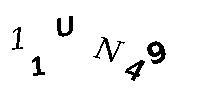
11UN49